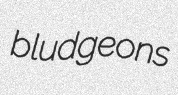
bludgeons